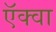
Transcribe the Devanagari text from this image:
ऍक्वा